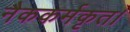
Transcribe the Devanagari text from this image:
नैककर्मकृत।